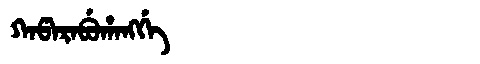
Manchu: ᡴᠠᡦᠠᡵᠠᠪᡠᡥᠠᠩᡤᡝ
Romanization: KAPARABUHANGGE